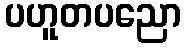
ပဟူတပညော